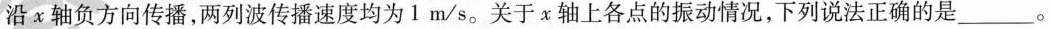
沿x轴负方向传播，两列波传播速度均为1m/s。关于x轴上各点的振动情况，下列说法正确的是___。